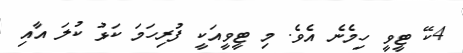
4ކޭ ޓީވީ ހިމެނެ އެވެ. މި ޓީވީއަކީ ފުރިހަމަ ކަޅު ކުލަ އާއި